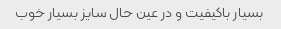
بسیار باکیفیت و در عین حال سایز بسیار خوب